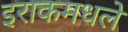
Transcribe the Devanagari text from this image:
इराकमधले